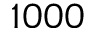
1 0 0 0